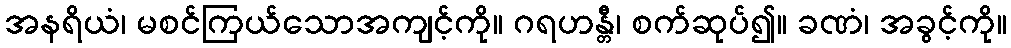
အနရိယံ၊ မစင်ကြယ်သောအကျင့်ကို။ ဂရဟန္တီ၊ စက်ဆုပ်၍။ ခဏံ၊ အခွင့်ကို။